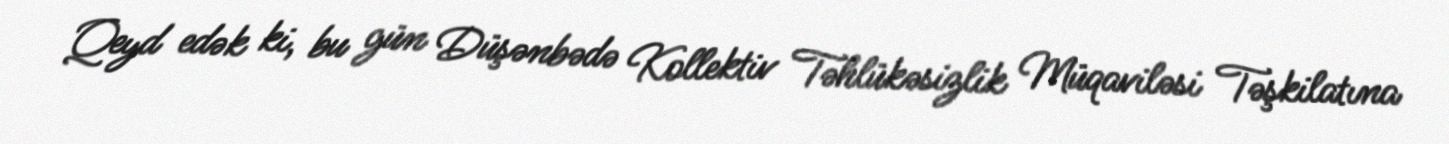
Qeyd edək ki, bu gün Düşənbədə Kollektiv Təhlükəsizlik Müqaviləsi Təşkilatına